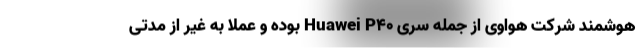
هوشمند شرکت هواوی از جمله سری Huawei P40 بوده و عملا به غیر از مدتی